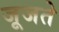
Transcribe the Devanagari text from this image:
जूजते